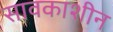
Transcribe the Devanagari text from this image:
सावकाशीन